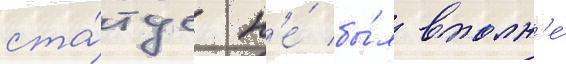
ста́тус н'е́ бы́л вполн'е́